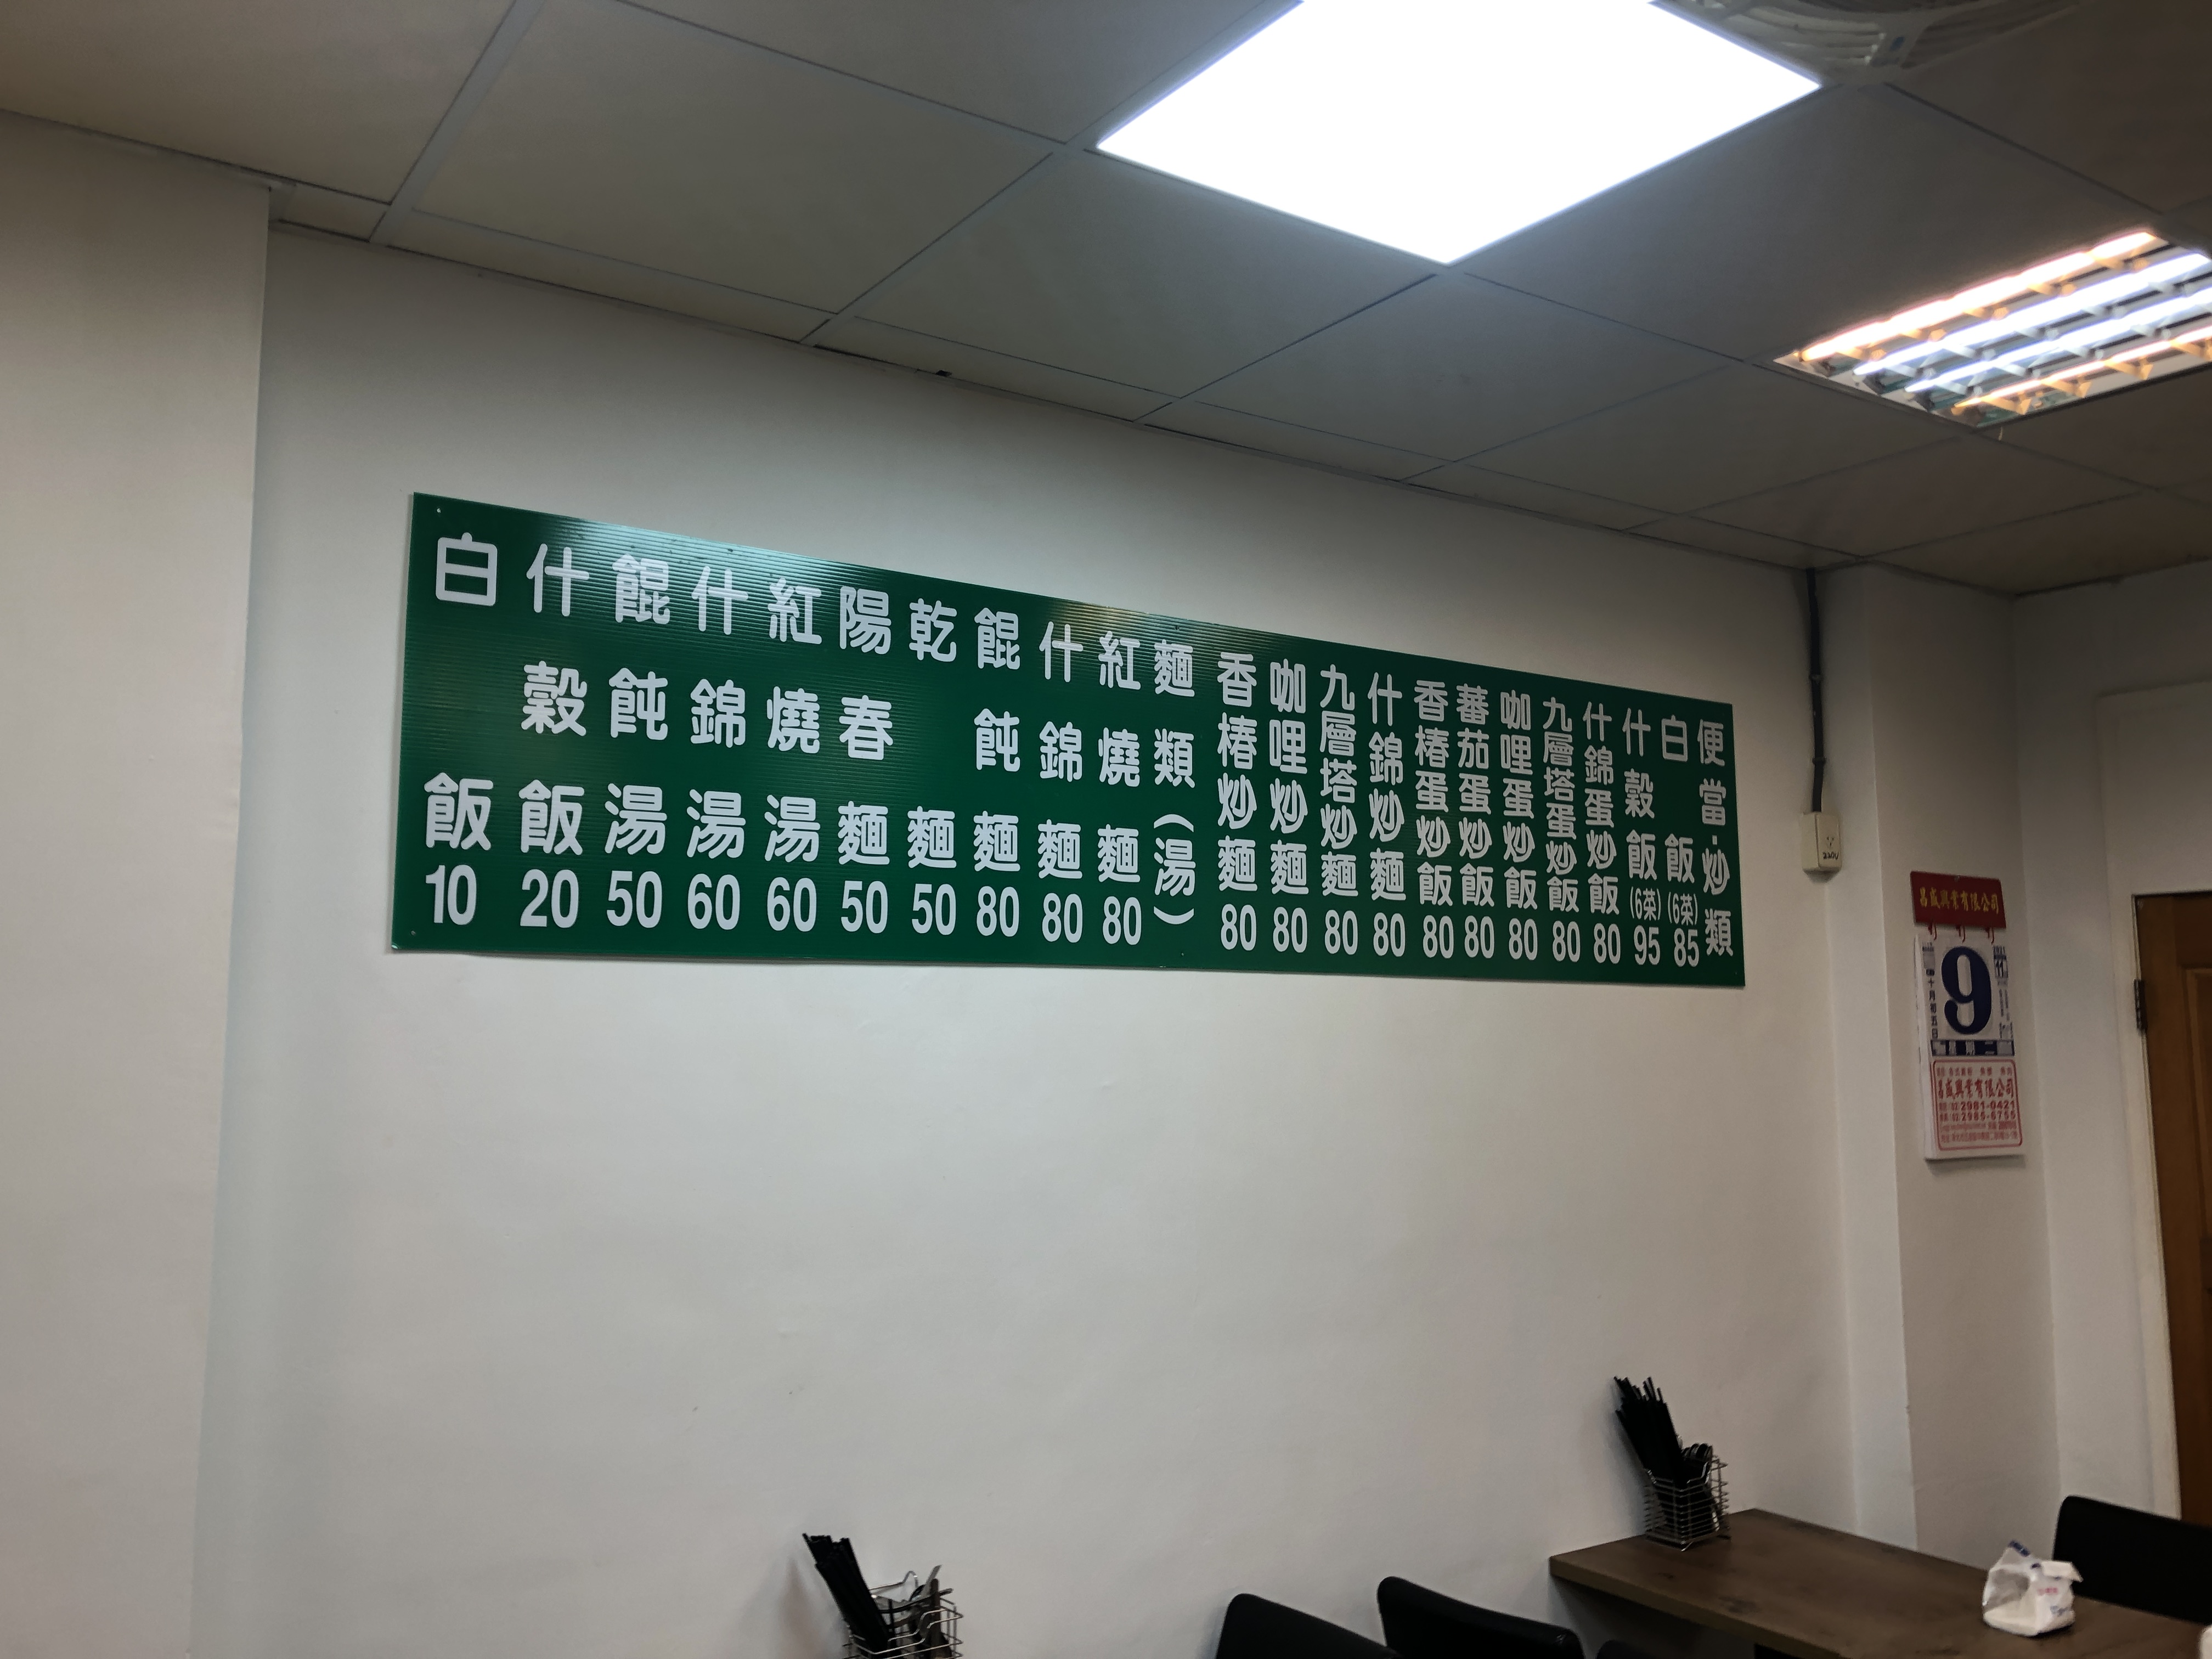
菜單：
name: 白飯
price: 10
name: 什穀飯
price: 20
name: 什錦湯
price: 50
name: 什錦麵
price: 60
name: 紅燒湯
price: 60
name: 陽春麵
price: 50
name: 乾麵
price: 50
name: 餛飩麵
price: 80
name: 紅燒麵(湯)
price: 80
name: 香菇炒麵
price: 80
name: 咖喱炒麵
price: 80
name: 九層塔炒麵
price: 80
name: 什錦炒麵
price: 80
name: 香菇蛋炒飯
price: 80
name: 蕃茄蛋炒飯
price: 80
name: 咖喱蛋炒飯
price: 80
name: 九層塔蛋炒飯
price: 80
name: 什錦炒飯
price: 95
name: 便當炒 (6類)
price: 85